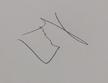
Signature authenticity: genuine